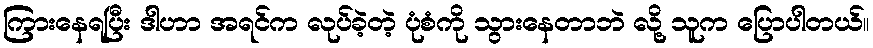
ကြားနေရပြီး ဒါဟာ အရင်က လုပ်ခဲ့တဲ့ ပုံစံကို သွားနေတာဘဲ လို့ သူက ပြောပါတယ်။